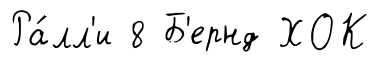
Ра́лл'и 8 Б'ернд ХОК